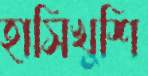
হাসিখুশি